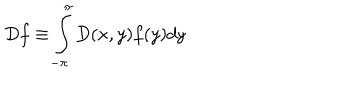
D f \equiv \int _ { - \pi } ^ { \pi } D ( x , y ) f ( y ) d y